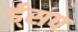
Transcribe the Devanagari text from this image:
ई्सप